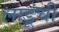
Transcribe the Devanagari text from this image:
लाडूंची